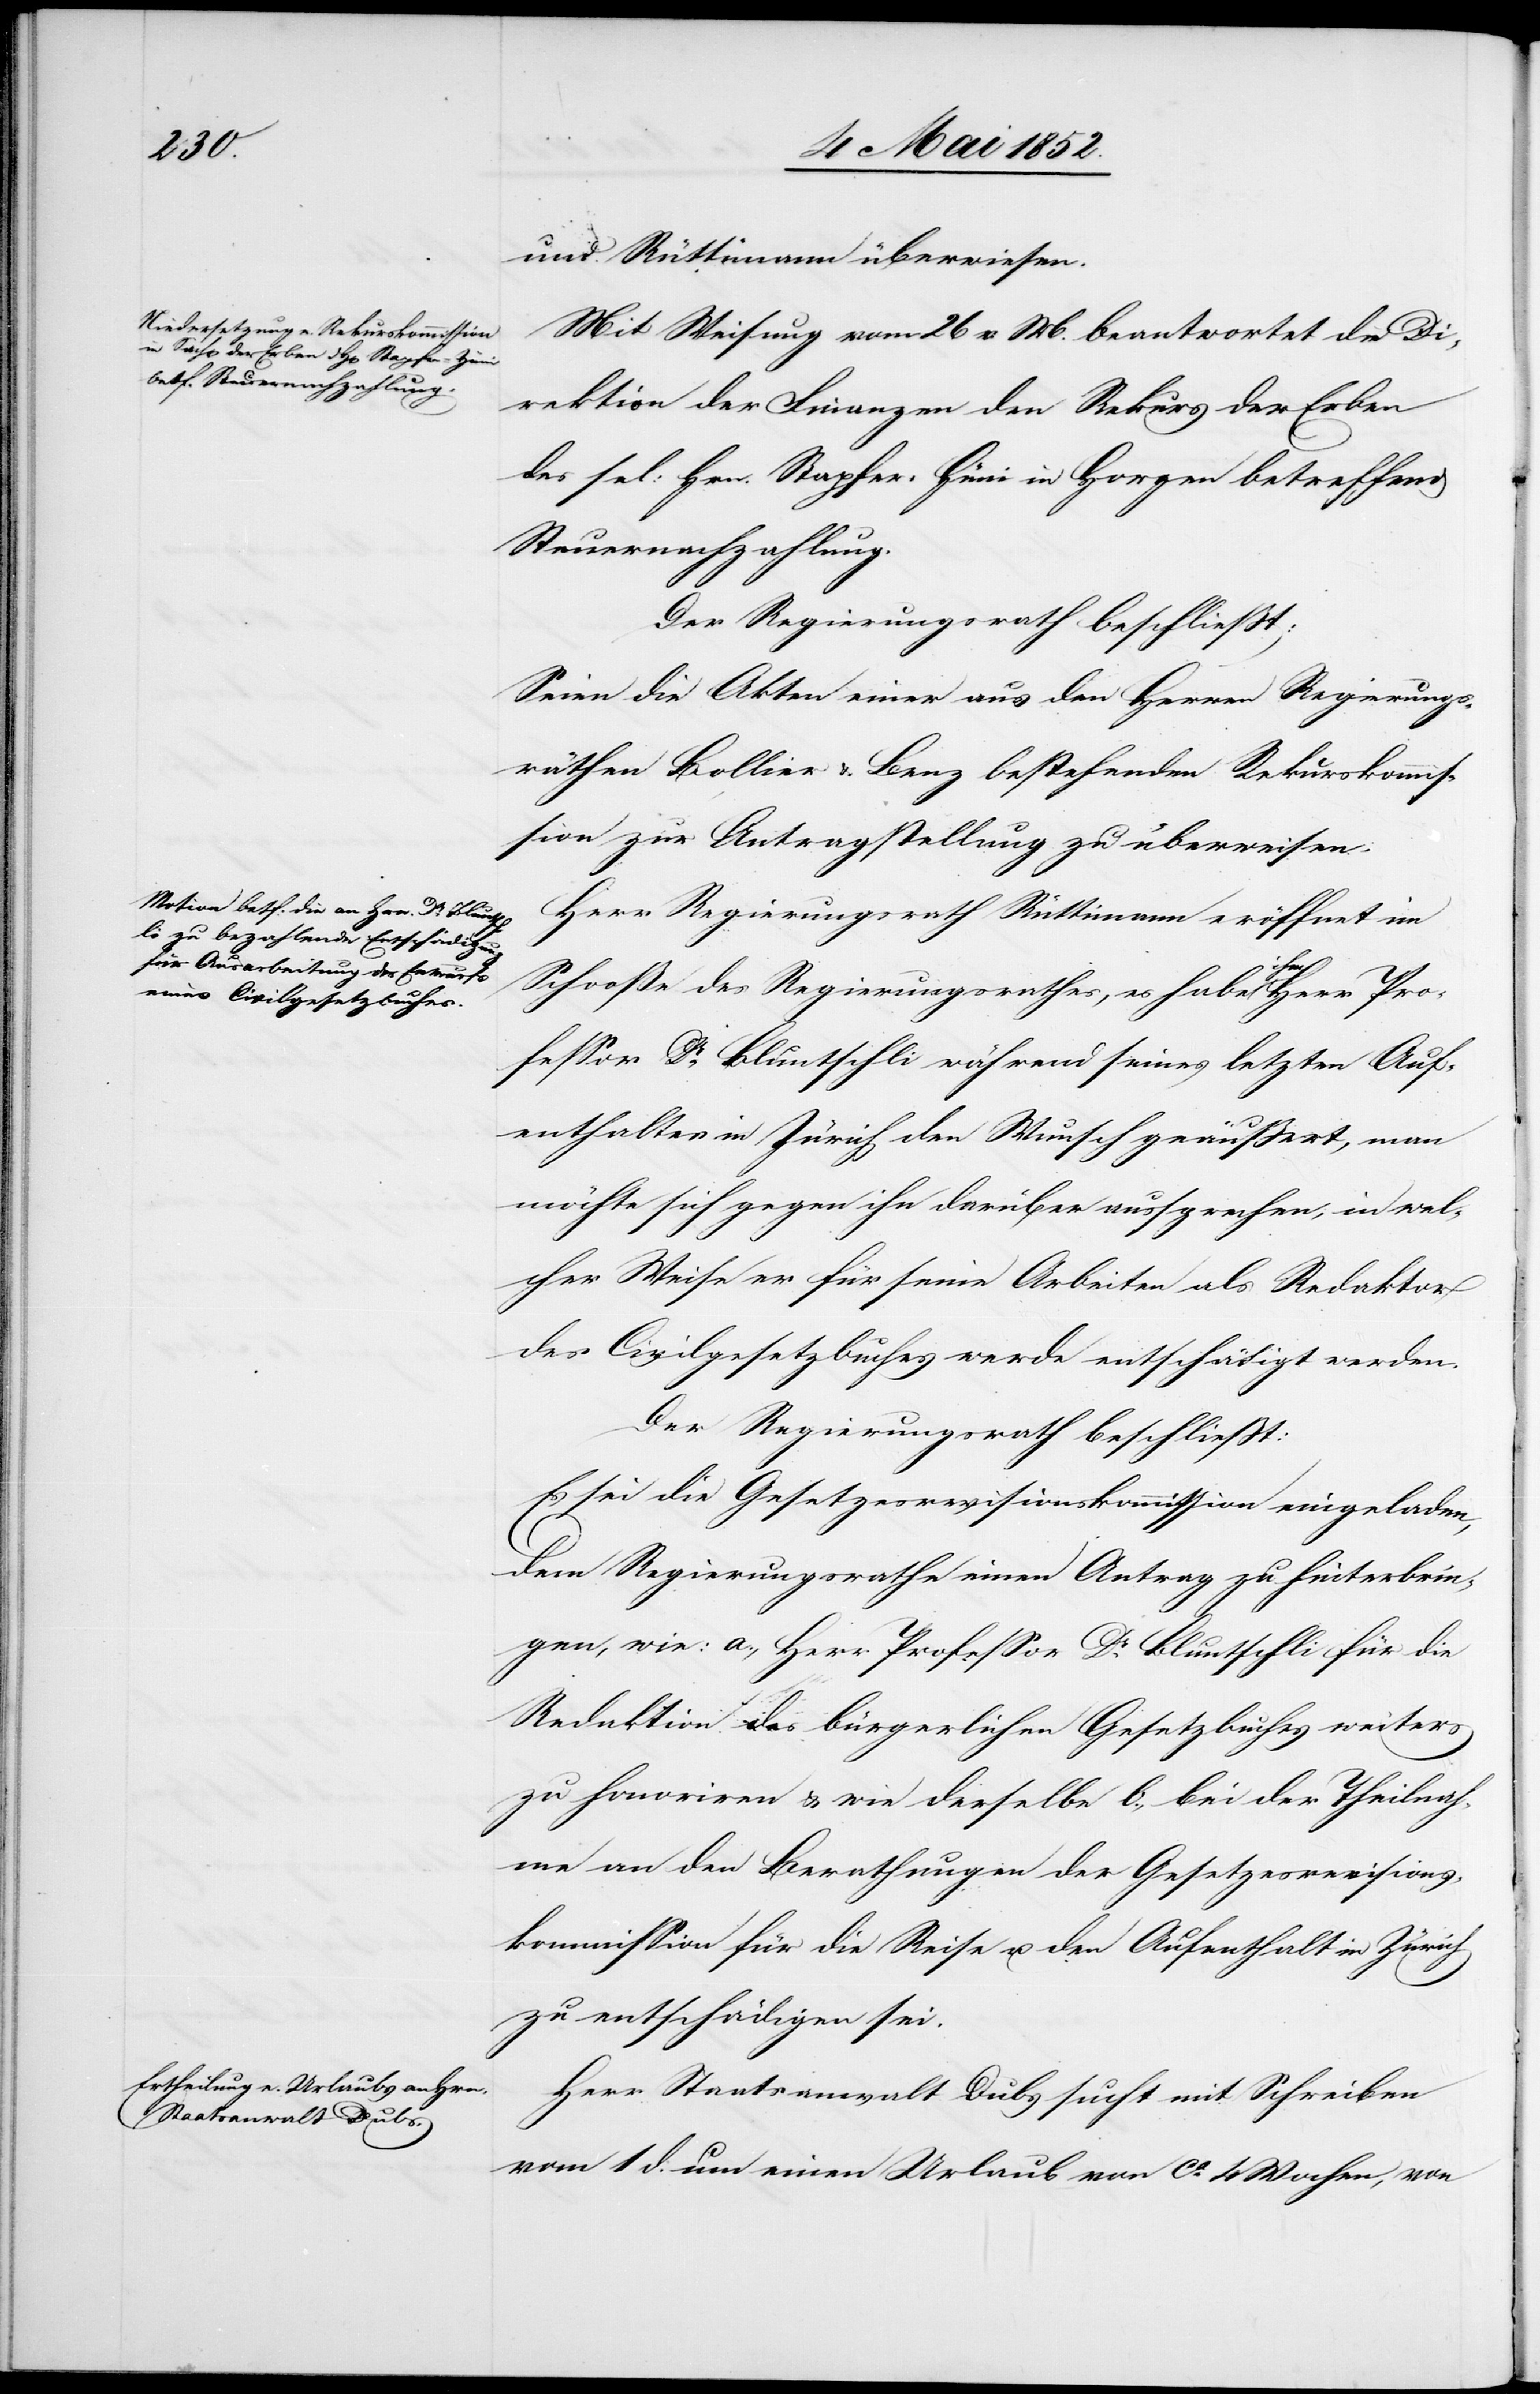
und Rüttimann überwiesen.
Mit Weisung vom 26 v. M. beantwortet die Di¬
rektion der Finanzen den Rekurs der Erben
des sel: Hrn. Stapfer-Hüni in Horgen betreffend
Steuernachzahlung.
Der Regierungsrath beschliesst:
Seien die Akten einer aus den Herren Regierungs¬
räthen Bollier & Benz bestehenden Rekurskommis¬
sion zur Antragstellung zu überweisen.
Herr Regierungsrath Rüttimann eröffnet im
Schooße des Regierungsrathes, es habe ihm Herr Pro¬
fessor Dr. Bluntschli während seines letzten Auf¬
enthaltes in Zürich den Wunsch geäussert, man
möchte sich gegen ihn darüber aussprechen, in wel¬
cher Weise er für seine Arbeiten als Redaktor
des Civilgesetzbuches werde entschädigt werden.
Der Regierungsrath beschliesst:
Es sei die Gesetzesrevisionskommission eingeladen,
dem Regierungsrathe einen Antrag zu hinterbrin¬
gen, wie: a., Herr Professor Dr. Bluntschli für die
Redaktion des bürgerlichen Gesetzbuches weiters
zu honoriren & wie derselbe b., bei der Theilnah¬
me an den Berathungen der Gesetzesrevisions¬
kommission für die Reise u. den Aufenthalt in Zürich
zu entschädigen sei.
Herr Staatsanwalt Dubs sucht mit Schreiben
vom 1 d. um einen Urlaub von ca. 4 Wochen, von